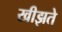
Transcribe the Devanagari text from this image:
खीझते